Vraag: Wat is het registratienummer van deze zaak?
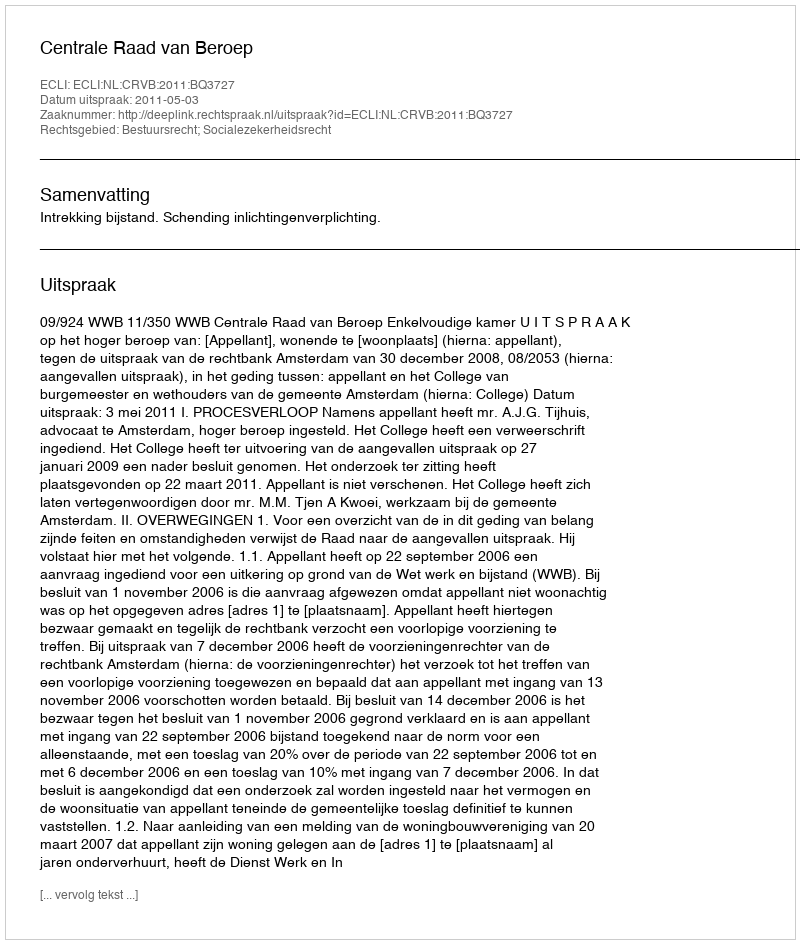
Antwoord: http://deeplink.rechtspraak.nl/uitspraak?id=ECLI:NL:CRVB:2011:BQ3727